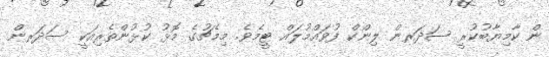
ން ކާމިޔާބުކުރީ ސަދަރން ލިންކް ފުވައްމުލައް ޓީމެވެ. މިމެޗުގެ މޮޅު ކުޅުންތެރިއަކީ ސަދަރން